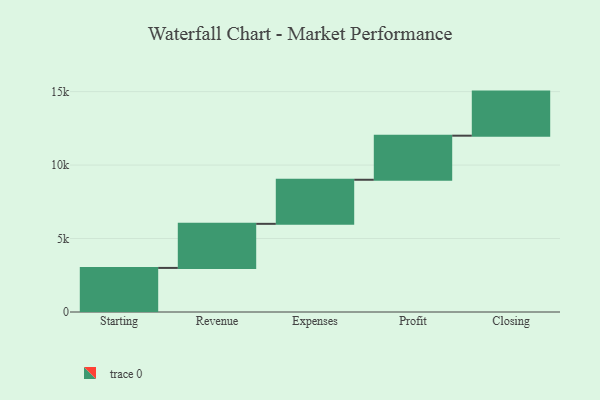
{"axis": {"x": "Step", "y": "Value"}, "legend": [""], "data": [{"x": "Starting", "y": 3000, "type": ""}, {"x": "Revenue", "y": 3000, "type": ""}, {"x": "Expenses", "y": 3000, "type": ""}, {"x": "Profit", "y": 3000, "type": ""}, {"x": "Closing", "y": 3000, "type": ""}]}